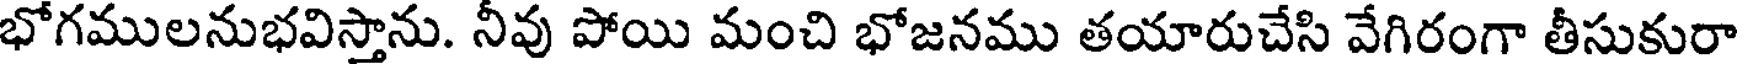
భోగములనుభవిస్తాను. నీవు పోయి మంచి భోజనము తయారుచేసి వేగిరంగా తీసుకురా